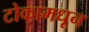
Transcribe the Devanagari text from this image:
टोकामधून